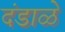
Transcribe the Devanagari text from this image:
दंडाळे